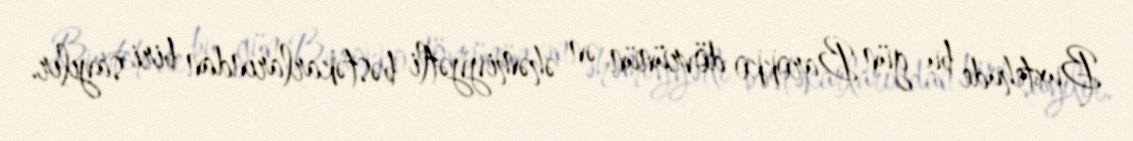
Buxtehude bu gün Barokko dövrünün ən əhəmiyyətli bəstəkarlarından biri sayılır.